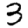
Digit: 3